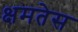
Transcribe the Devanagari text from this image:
क्षमतेस